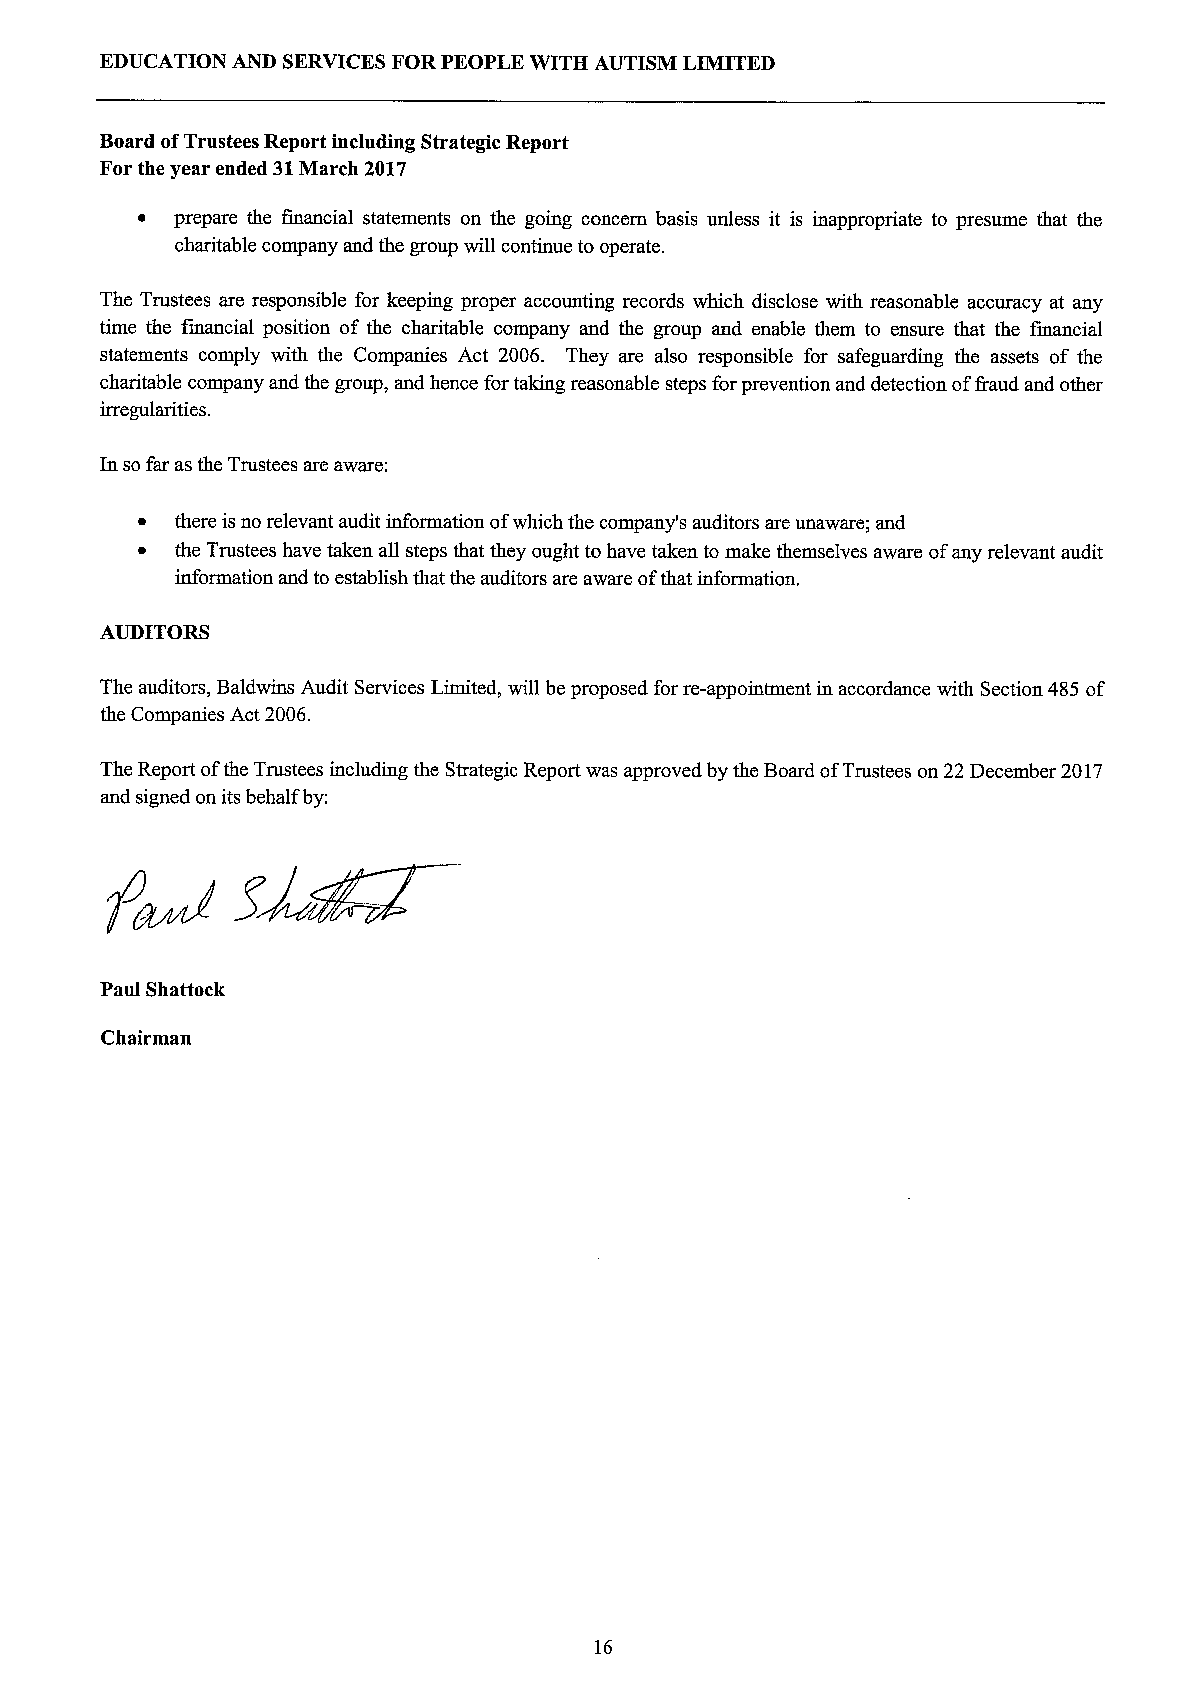
EDUCATION AND SERVICESFORPEOPLE WITH AUTISM LIMITED
 Board ofTrustees Report including Strategic Report
 For the year ended 31March 2017
 ~  prepare the financial statements on the going concern basis unless it is inappropriate to presume that the
 charitable company and the group will continue to operate.
 The Trustees are responsible for keeping proper accounting records which disclose with reasonable accuracy at any
 time the financial position of the charitable company and the group and enable them to ensure that the financial
 statements comply with the Companies Act 2006. They are also responsible for safeguarding the assets of the
 charitable company and the group, and hence for taking reasonable steps forprevention and detection offraud and other
 irregularities.
 In so far as the Trustees are aware:
 ~  there isno relevant audit information ofwhich the company's auditors are unaware; and
 ~  the Trustees have taken all steps that they ought to have taken to make themselves aware ofany relevant audit
 information and to establish that the auditors are aware ofthat information.
 AUDITORS
 The auditors, Baldwins Audit Services Limited, will be proposed for re-appointment in accordance with Section 485 of
 the Companies Act 2006.
 The Report ofthe Trustees including the Strategic Report was approved by the Board ofTrustees on 22 December 2017
 and signed on its behalf by:
 Paul Shattock
 Chairman
 16